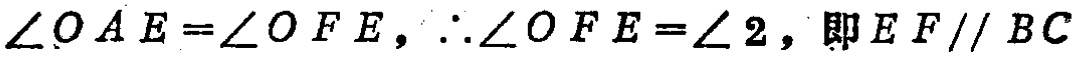
$\angle O A E=\angle O F E,\therefore\angle O F E=\angle 2,即 E F / / B C$